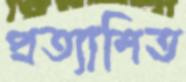
প্রত্যাশিত